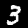
Digit: 3